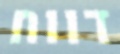
דווח